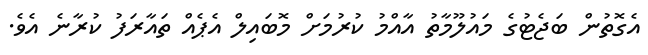
އެގޮތުން ބަޖެޓުގެ މައުލޫމާތު އާއްމު ކުރުމަށް މޮބައިލް އެޕެއް ތައާރަފު ކުރާނެ އެވެ.